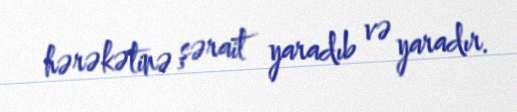
hərəkətinə şərait yaradıb və yaradır.